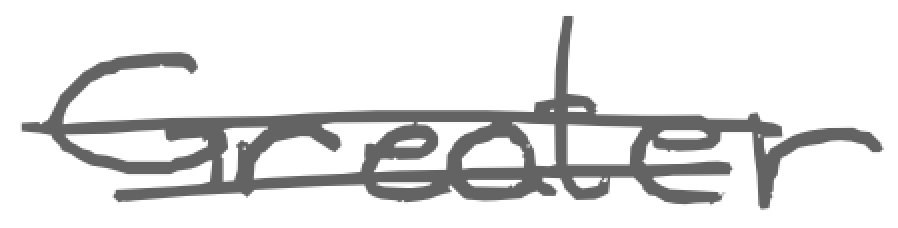
Text: Greater
Cross-out: double-line
Writing tool: digital_gray